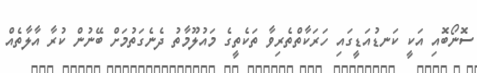
ސޮނޯބޮއި އަކީ ކަނޑުއަޑީގައި ހަރަކާތްތެރިވާ ތަކެތީގެ މައުލޫމާތު ދެނެގަތުމަށް ބޭނުން ކުރާ އާލާތެއް